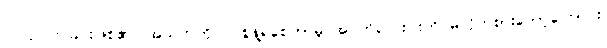
ပြုလုပ်ကြခြင်းဖြစ်၏။ အသက်ကိုပင် စွန့်ရစေကာမူ အဂတိလေးပါးကို မလိုက်စားတော့ကြောင်း၊